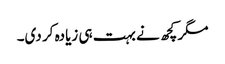
مگر کچھ نے بہت ہی زیادہ کر دی۔